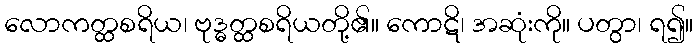
လောကတ္ထစရိယ၊ ဗုဒ္ဓတ္ထစရိယတို့၏။ ကောဋိ၊ အဆုံးကို။ ပတွာ၊ ရ၍။